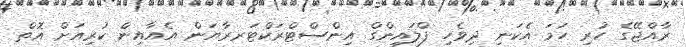
ރާއްޖޭގެ ހުރި ހަމަ އެކަނި ދިވެހި ފްލައިންގް އިންސްޓްރަކްޓަރރާޔަން އެއާއިން ކުރިއަށް އޮތް